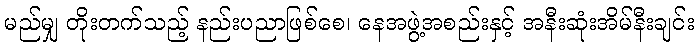
မည်မျှ တိုးတက်သည့် နည်းပညာဖြစ်စေ၊ နေအဖွဲ့အစည်းနှင့် အနီးဆုံးအိမ်နီးချင်း